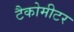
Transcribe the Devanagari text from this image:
टैकोमीटर